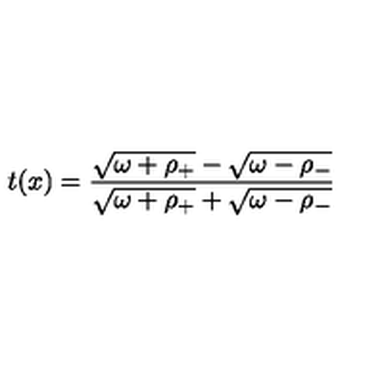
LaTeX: t ( x ) = { \frac { \sqrt { \omega + \rho _ { + } } - \sqrt { \omega - \rho _ { - } } } { \sqrt { \omega + \rho _ { + } } + \sqrt { \omega - \rho _ { - } } } }